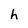
Character: h